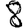
Digit: 8